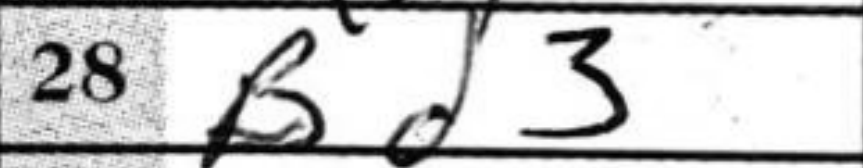
Transcription: Bd3